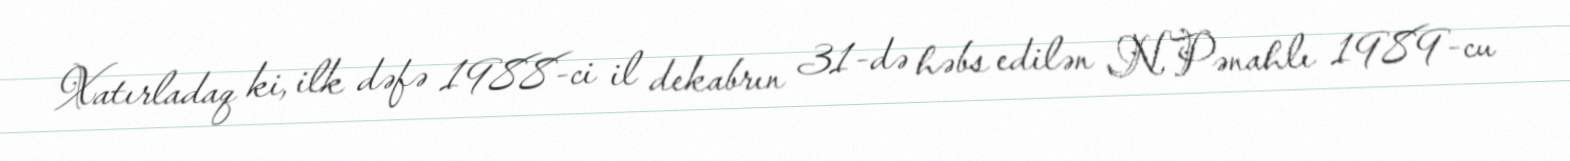
Xatırladaq ki, ilk dəfə 1988-ci il dekabrın 31-də həbs edilən N.Pənahlı 1989-cu